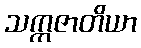
သက္ကဇာတိယာ